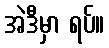
အဲဒီမှာ ရပ်။